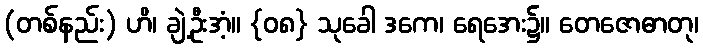
(တစ်နည်း) ဟိ၊ ချဲ့ဦးအံ့။ {၀၈} သုခေါ ဒကေ၊ ရေအေး၌။ တေဇောဓာတု၊